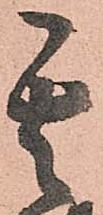
其